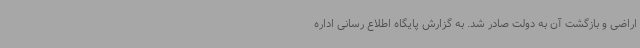
اراضی و بازگشت آن به دولت صادر شد. به گزارش پایگاه اطلاع رسانی اداره